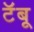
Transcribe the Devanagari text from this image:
टॅबू